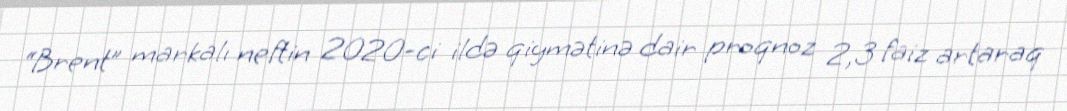
“Brent” markalı neftin 2020-ci ildə qiymətinə dair proqnoz 2,3 faiz artaraq